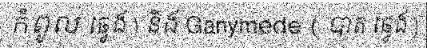
កំពូល ឆ្វេង ) និង Ganymede ( បាត ឆ្វេង )